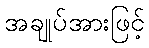
အချုပ်အားဖြင့်